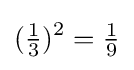
({\tfrac {1}{3}})^{2}={\tfrac {1}{9}}